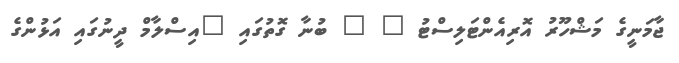
ޖާމަނީގެ މަޝްހޫރު އޮރިއެންޓަލިސްޓު " " ބުނާ ގޮތުގައި "އިސްލާމް ދީނުގައި އަޅުންގެ